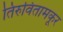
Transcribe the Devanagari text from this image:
तिरुवितामकूर